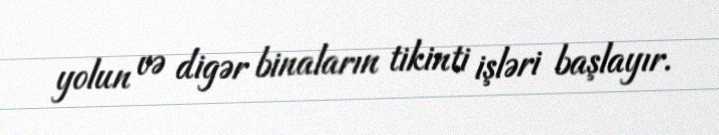
yolun və digər binaların tikinti işləri başlayır.